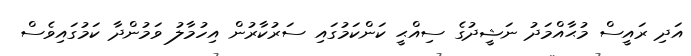
އަދި ރައީސް މުޙާއްމަދު ނަޝީދުގެ ސިއްޙީ ކަންކަމުގައި ސަރުކާރުން އިހުމާލު ވަމުންދާ ކަމުގައިވެސް